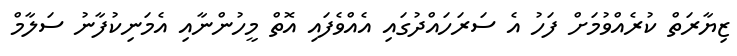
ޒިޔާރަތް ކުރެއްވުމަށް ފަހު އެ ސަރަހައްދުގައި އެއްވެފައި އޮތް މީހުންނާއި އެމަނިކުފާނު ސަލާމް